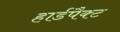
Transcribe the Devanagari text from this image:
हार्डपैक्ट